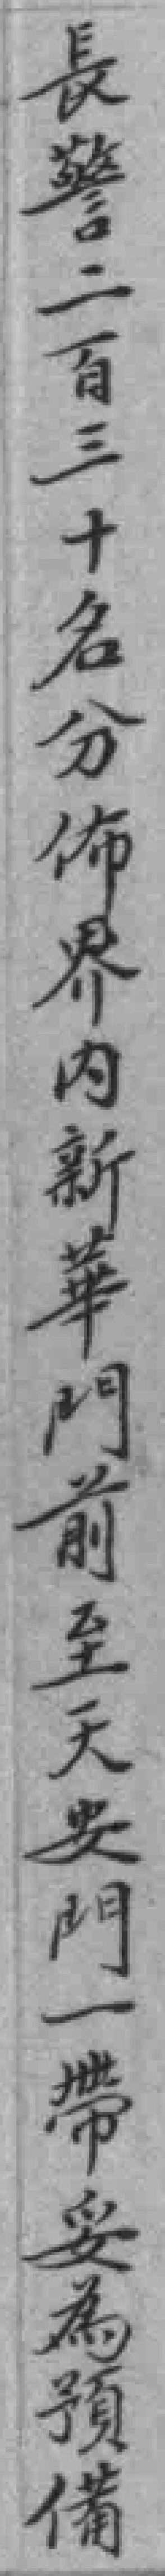
長警二百三十名分佈界内新華門前至天安門一帶妥為預備